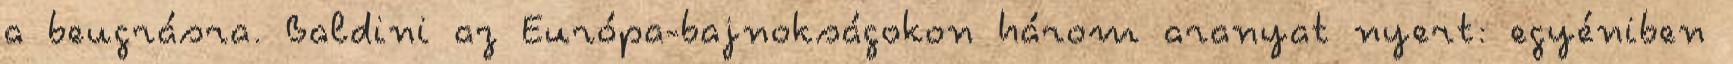
a beugrásra. Baldini az Európa-bajnokságokon három aranyat nyert: egyéniben